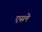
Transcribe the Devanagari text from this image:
एस्ले